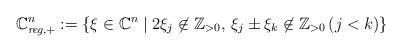
LaTeX: \begin{align*}\mathbb{C}_{\emph{reg},+}^n:=\{ \xi\in\mathbb{C}^n\mid 2\xi_j\not\in\mathbb{Z}_{> 0}, \,\xi_j\pm\xi_k \not\in\mathbb{Z}_{> 0}\, (j<k)\} \end{align*}